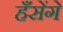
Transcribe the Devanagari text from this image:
हँसेंगे